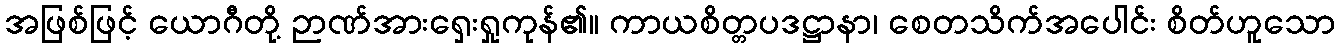
အဖြစ်ဖြင့် ယောဂီတို့ ဉာဏ်အားရှေးရှုကုန်၏။ ကာယစိတ္တပဒဋ္ဌာနာ၊ စေတသိက်အပေါင်း စိတ်ဟူသော